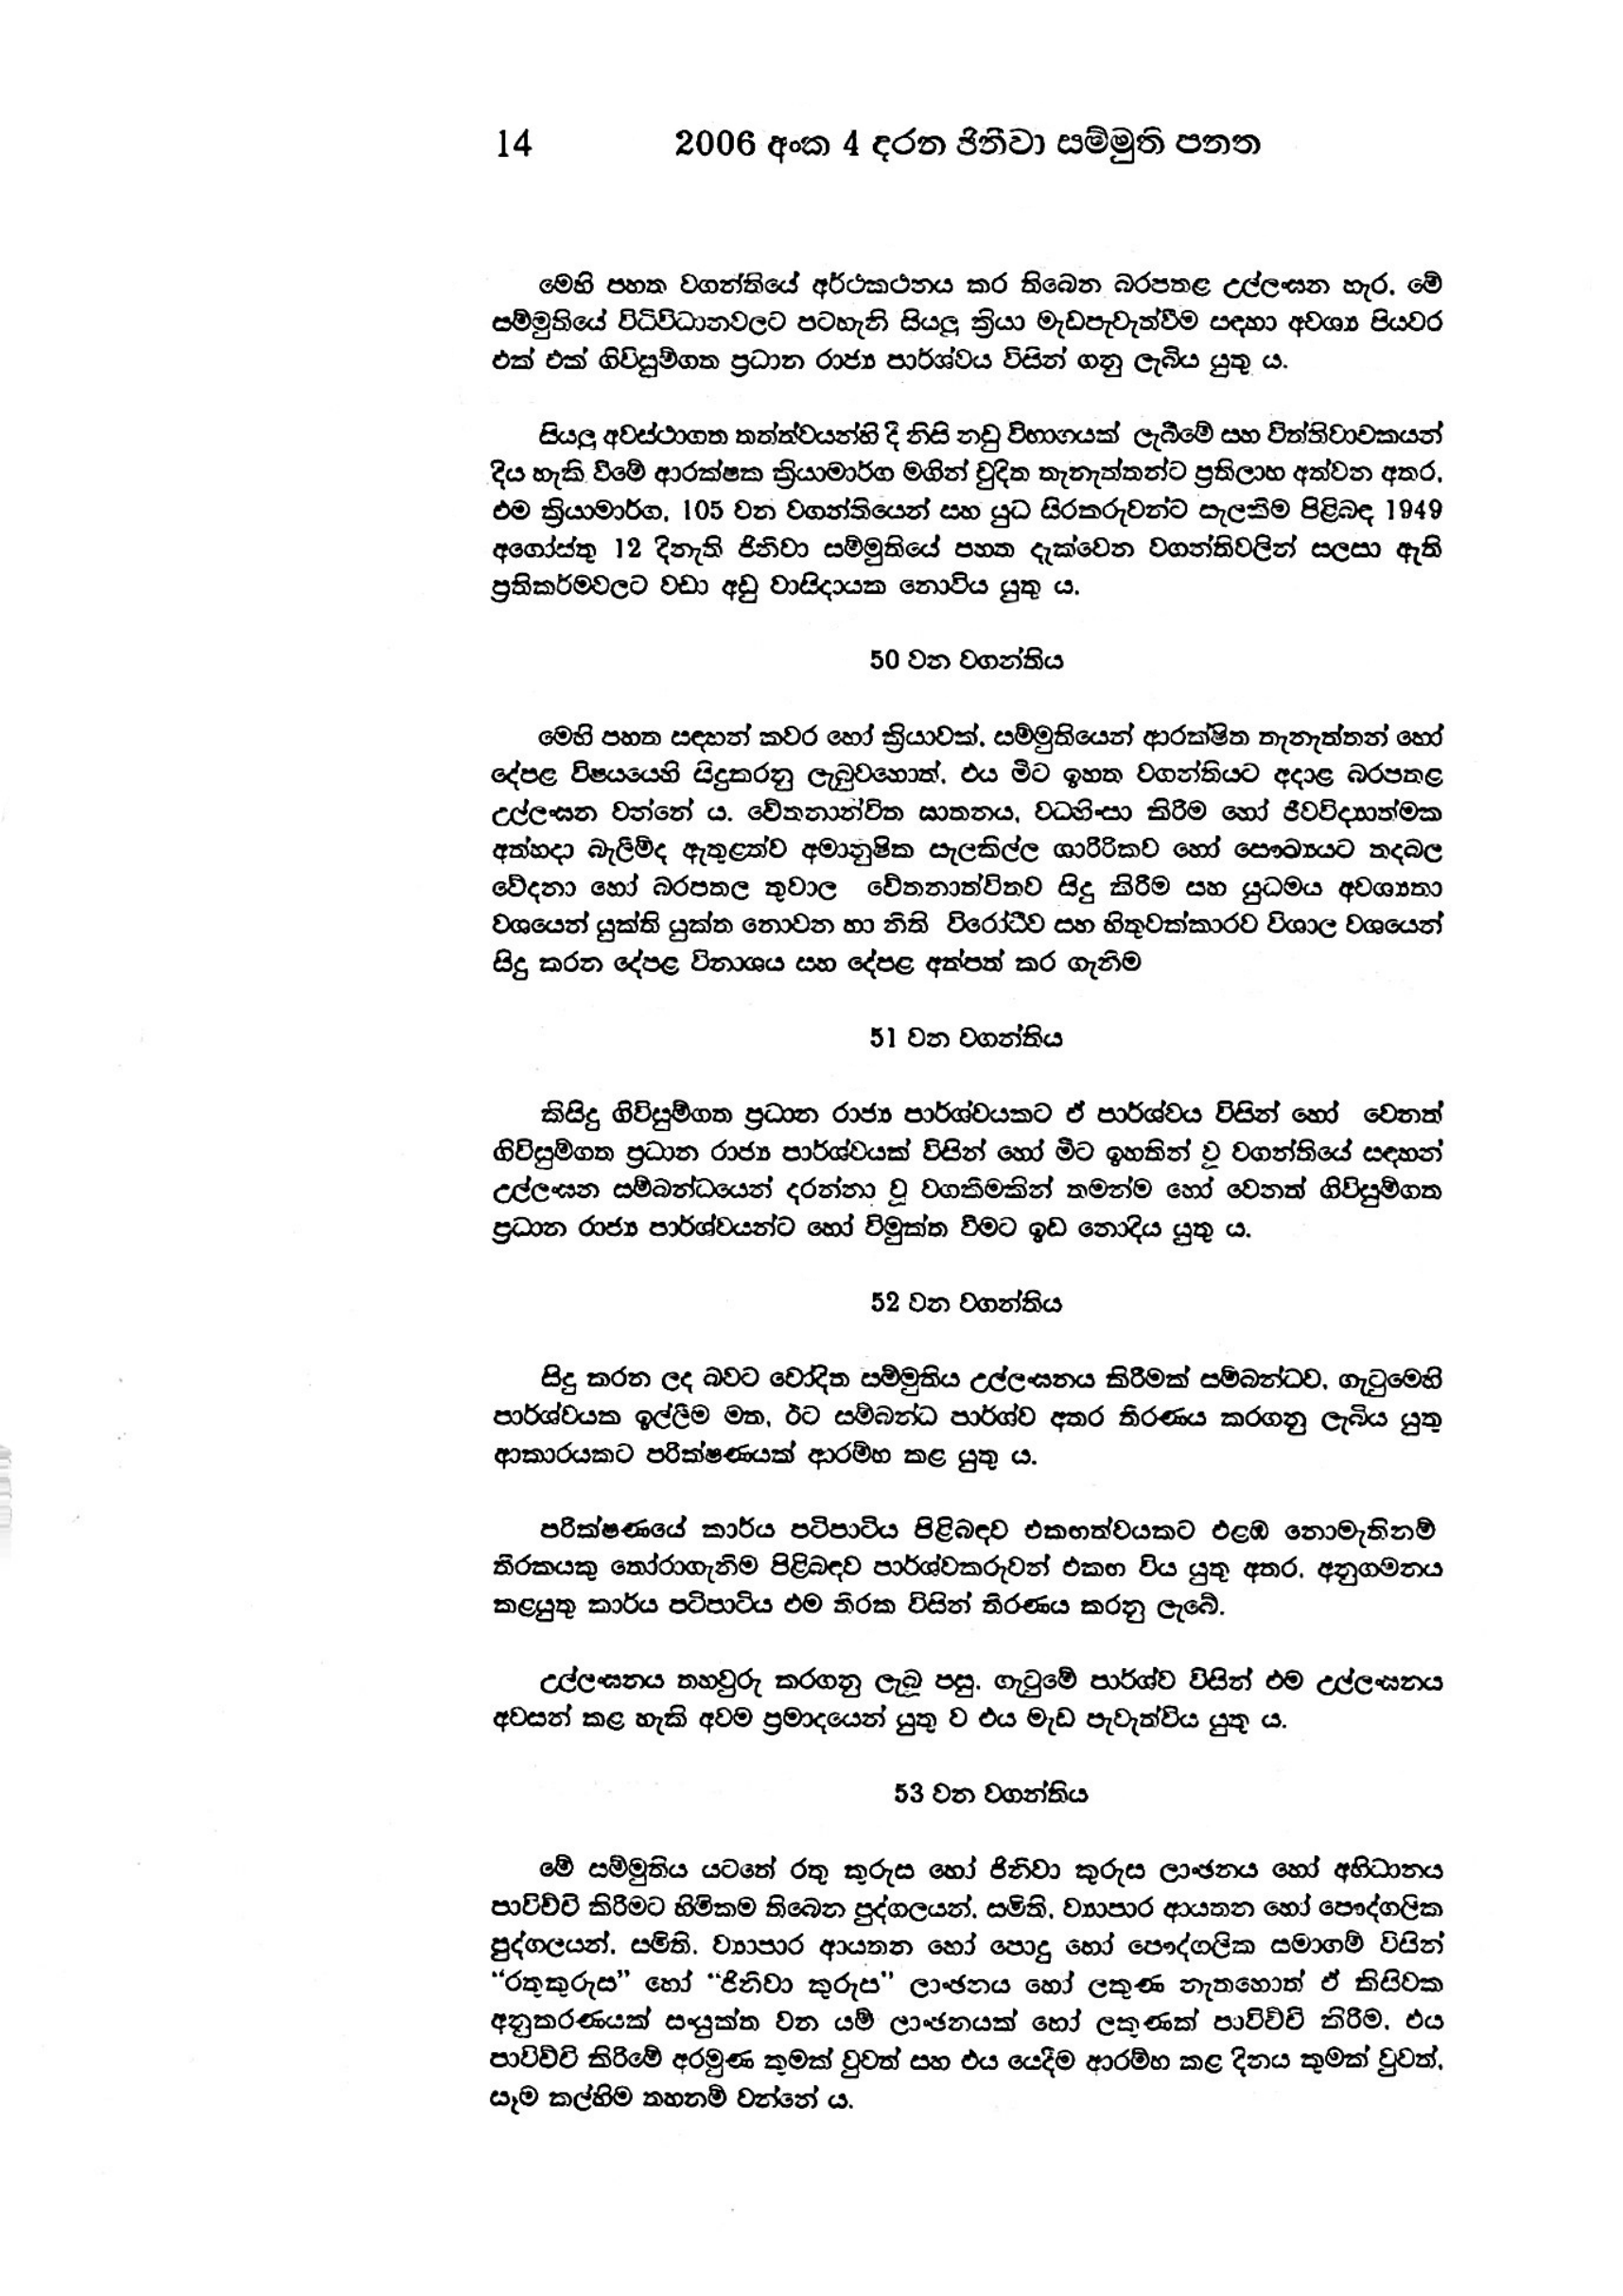
14 2006 අංක 4 දරන ජිනීවා සම්මුති පනත

මෙහි පහත වගන්තියේ අර්ථකථනය කර තිබෙන බරපතළ උල්ලංඝන හැර.මේ
සම්මුතියේ විධිවිධානවලට පටහැනි සියලු ක්‍රියා මැඩපැවැත්වීම සඳහා අවශ්‍ය පියවර
එක් එක් ගිවිසුම්ගත ප්‍රධාන රාජ්‍ය පාර්ශ්වය විසින් ගනු ලැබිය යුතු ය.

සියලු අවස්ථාගත තත්ත්වයන්හි දි නිසි නඩු විභාගයක් ලැබීමේ සහ විත්තිවාචකයන්
දිය හැකි විමේ ආරක්ෂක ක්‍රියාමාර්ග මගින් චුදිත තැනැත්තන්ට ප්‍රතිලාභ අත්වන අතර,
එම ක්‍රියාමාර්ග, 105 වන වගන්තියෙන් සහ යුධ සිරකරුවන්ට සැලකීම පිළිබඳ 1949
අගෝස්තු 12 දිනැති ජිනිවා සම්මුතියේ පහත දැක්වෙන වගන්ති වලින් සලසා ඇති
ප්‍රතිකර්මවලට වඩා අඩු වාසිදායක නොවිය යුතු ය.

50 වන වගන්තිය

මෙහි පහත සඳහන් කවර හෝ ක්‍රියාවක්, සම්මුතියෙන් ආරක්ෂිත තැනැත්තන් හෝ
දේපළ විෂයයෙහි සිදු කරනු ලැබුවහොත්, එය මිට ඉහත වගන්තියට අදාළ බරපතළ
උල්ලංඝන වන්නේය. චේතනාන්විත ඝාතනය, වධහිංසා කිරිම හෝ ජීව විද්‍යාත්මක
අත්හදා බැලීම්ද ඇතුළත්ව අමානුෂික සැලකිල්ල ශාරීරිකව හෝ සෞඛ්‍යයට තදබල
වේදනා හෝ බරපතල තුවාල චේතනාන්විතව සිදු කිරීම සහ යුධමය අවශ්‍යතා
වශයෙන් යුක්ති යුක්ත නොවන හා නීති විරෝධීව සහ හිතුවක්කාරව විශාල වශයෙන්
සිදු කරන දේපළ විනාශය සහ දේපළ අත්පත් කර ගැනිම

51 වන වගන්තිය

කිසිදු ගිවිසුම්ගත ප්‍රධාන රාජ්‍ය පාර්ශ්වයකට ඒ පාර්ශ්වය විසින් හෝ වෙනත්
ගිවිසුම්ගත ප්‍රධාන රාජ්‍ය පාර්ශ්වයක් විසින් හෝ මීට ඉහතින් වූ වගන්තියේ සඳහන්
උල්ලංඝන සම්බන්ධයෙන් දරන්නා වූ වගකීමකින් තමන්ම හෝ වෙනත් ගිවිසුම්ගත
ප්‍රධාන රාජ්‍ය පාර්ශ්වයන්ට හෝ විමුක්ත වීමට ඉඩ නොදිය යුතු ය.

52 වන වගන්තිය

සිදු කරන ලද බවට චෝදිත සම්මුතිය උල්ලංඝනය කිරීමක් සම්බන්ධව, ගැටුමෙහි
පාර්ශ්වයක ඉල්ලීම මත, ඊට සම්බන්ධ පාර්ශ්ව අතර තීරණය කරගනු ලැබිය යුතු
ආකාරයකට පරික්ෂණයක් ආරම්භ කළ යුතු ය.

පරීක්ෂණයේ කාර්ය පටිපාටිය පිළිබඳව එකඟත්වයකට එළඹ නොමැති නම්
තීරකයකු තෝරාගැනිම පිළිබඳව පාර්ශ්වකරුවන් එකඟ විය යුතු අතර, අනුගමනය
කළයුතු කාර්ය පටිපාටිය එම තීරක විසින් තිරණය කරනු ලැබේ.

උල්ලංඝනය තහවුරු කරගනු ලැබ පසු. ගැටුමේ පාර්ශ්ව විසින් එම උල්ලංඝනය
අවසන් කළ හැකි අවම ප්‍රමාදයෙන් යුතු ව එය මැඩ පැවැත්විය යුතු ය.

53 වන වගන්තිය

මේ සම්මුතිය යටතේ රතු කුරුස හෝ ජිනීවා කුරුස ලාංඡනය හෝ අභිධානය
පාවිච්චි කිරීමට හිමිකම තිබෙන පුද්ගලයන්, සමිති, ව්‍යාපාර ආයතන හෝ පෞද්ගලික
පුද්ගලයන්. සමිති. ව්‍යාපාර ආයතන හෝ පොදු හෝ පෞද්ගලික සමාගම් විසින්
"රතුකුරුස" හෝ  "ජිනිවා කුරුස" ලාංඡනය හෝ ලකුණ නැතහොත් ඒ කිසිවක
අනුකරණයක් සංයුක්ත වන යම් ලාංඡනයක් හෝ ලකුණක් පාවිච්චි කිරීම, එය
පාවිච්චි කිරිමේ අරමුණ කුමක් වුවත් සහ එය යෙදීම ආරම්භ කළ දිනය කුමක් වුවත්,
සෑම කල්හිම තහනම් වන්නේ ය.